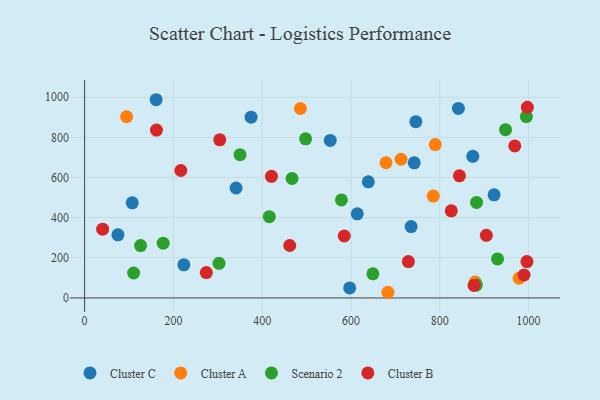
{"axis": {"x": "Speed", "y": "Yield"}, "legend": ["Cluster A", "Cluster B", "Cluster C", "Scenario 2"], "data": [{"x": "639.1", "y": 578.6, "type": "Cluster C"}, {"x": "922.5", "y": 513.6, "type": "Cluster C"}, {"x": "161.1", "y": 987.3, "type": "Cluster C"}, {"x": "597.2", "y": 49.8, "type": "Cluster C"}, {"x": "223.6", "y": 164.7, "type": "Cluster C"}, {"x": "746.2", "y": 877.9, "type": "Cluster C"}, {"x": "735.6", "y": 355.3, "type": "Cluster C"}, {"x": "341.2", "y": 547.7, "type": "Cluster C"}, {"x": "107.3", "y": 473.8, "type": "Cluster C"}, {"x": "614.3", "y": 419.2, "type": "Cluster C"}, {"x": "553.4", "y": 784.8, "type": "Cluster C"}, {"x": "874.6", "y": 705.3, "type": "Cluster C"}, {"x": "375.1", "y": 900.3, "type": "Cluster C"}, {"x": "75.1", "y": 314.3, "type": "Cluster C"}, {"x": "742.6", "y": 673.0, "type": "Cluster C"}, {"x": "842.1", "y": 944.2, "type": "Cluster C"}, {"x": "790.0", "y": 763.9, "type": "Cluster A"}, {"x": "94.6", "y": 902.6, "type": "Cluster A"}, {"x": "880.0", "y": 79.0, "type": "Cluster A"}, {"x": "679.0", "y": 673.3, "type": "Cluster A"}, {"x": "486.2", "y": 943.6, "type": "Cluster A"}, {"x": "712.9", "y": 690.9, "type": "Cluster A"}, {"x": "785.4", "y": 507.5, "type": "Cluster A"}, {"x": "683.3", "y": 28.2, "type": "Cluster A"}, {"x": "978.9", "y": 98.1, "type": "Cluster A"}, {"x": "467.3", "y": 595.0, "type": "Scenario 2"}, {"x": "930.3", "y": 194.4, "type": "Scenario 2"}, {"x": "578.6", "y": 488.0, "type": "Scenario 2"}, {"x": "882.4", "y": 64.2, "type": "Scenario 2"}, {"x": "302.8", "y": 172.4, "type": "Scenario 2"}, {"x": "350.2", "y": 713.3, "type": "Scenario 2"}, {"x": "948.3", "y": 838.2, "type": "Scenario 2"}, {"x": "497.9", "y": 792.5, "type": "Scenario 2"}, {"x": "110.5", "y": 124.2, "type": "Scenario 2"}, {"x": "995.2", "y": 903.4, "type": "Scenario 2"}, {"x": "126.1", "y": 260.9, "type": "Scenario 2"}, {"x": "883.0", "y": 475.9, "type": "Scenario 2"}, {"x": "177.0", "y": 272.6, "type": "Scenario 2"}, {"x": "416.1", "y": 404.7, "type": "Scenario 2"}, {"x": "649.5", "y": 120.1, "type": "Scenario 2"}, {"x": "216.8", "y": 634.7, "type": "Cluster B"}, {"x": "304.5", "y": 787.5, "type": "Cluster B"}, {"x": "161.9", "y": 835.9, "type": "Cluster B"}, {"x": "462.1", "y": 261.3, "type": "Cluster B"}, {"x": "997.5", "y": 949.4, "type": "Cluster B"}, {"x": "969.1", "y": 757.0, "type": "Cluster B"}, {"x": "585.0", "y": 308.4, "type": "Cluster B"}, {"x": "877.4", "y": 62.2, "type": "Cluster B"}, {"x": "421.0", "y": 605.8, "type": "Cluster B"}, {"x": "905.1", "y": 312.1, "type": "Cluster B"}, {"x": "40.6", "y": 342.3, "type": "Cluster B"}, {"x": "274.2", "y": 126.4, "type": "Cluster B"}, {"x": "844.5", "y": 608.0, "type": "Cluster B"}, {"x": "826.1", "y": 434.1, "type": "Cluster B"}, {"x": "996.5", "y": 181.3, "type": "Cluster B"}, {"x": "990.0", "y": 114.3, "type": "Cluster B"}, {"x": "729.4", "y": 181.0, "type": "Cluster B"}]}